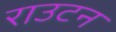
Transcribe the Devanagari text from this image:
राउटन